Civil Veterinary Dept. Bombay admin report 1932-41 - 1932-1941
Year: 1932
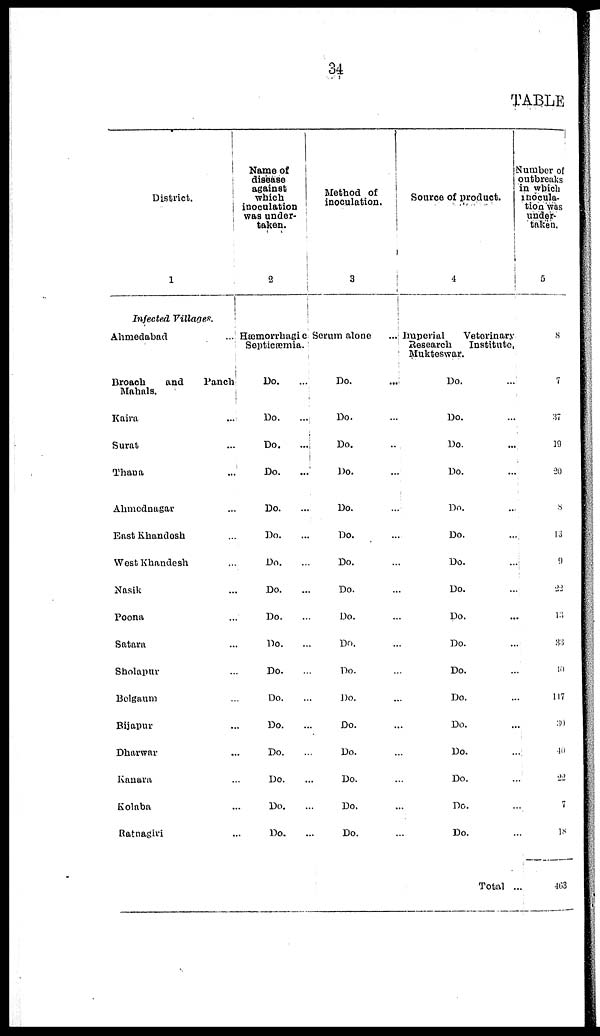
34
TABLE
District.
1
Infected Villages.
Ahmedabad ...
Broach
and
Panch
Mahals.
Kaira ...
Surat ...
Thana ...
Ahmednagar ...
East Khandesh ...
West Khandesh ...
Nasik ...
Poona ...
Satara ...
Sholapur ...
Belgaum ...
Bijapur ...
Dharwar ...
Kanara ...
Kolaba ..
Ratnagiri ...
Name of
disease
against
which
inoculation
was under-
taken.
2
Hæmorrhagic
Septicæmia
Do. ...
Do. ...
Do. ...
Do. ...
Do. ...
Do. ...
Do. ...
Do. ...
Do. ...
Do. ...
Do. ...
Do. ...
Do. ...
Do. ...
Do. ...
Do. ...
Do. ...
Method of
inoculation.
3
Serum alone ...
Do. ...
Do. ...
Do. ...
Do. ...
Do. ...
Do. ...
Do. ...
Do. ...
Do. ...
Do. ...
Do. ...
Do. ...
Do. ...
Do. ...
Do. ...
Do. ...
Do. ...
Source of product.
4
Imperial
Veterinary
Research
Institute.
Muktoswar.
Do. ...
Do. ...
Do. ...
Do. ...
Do. ...
Do. ...
Do. ...
Do. ...
Do. ...
Do. ...
Do. ...
Do. ...
Do. ...
Do. ...
Do. ...
Do. ...
Do. ...
Total ...
Number of
outbreaks
in which
inocula-
tion was
under-
taken.
5
8
7
37
19
20
8
13
9
22
13
33
40
117
30
40
22
7
18
463